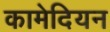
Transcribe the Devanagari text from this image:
कामेदियन